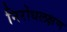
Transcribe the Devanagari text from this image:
निरोधलक्षण